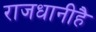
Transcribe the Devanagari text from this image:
राजधानीहै